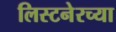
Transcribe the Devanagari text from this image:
लिस्टनेरच्या